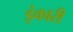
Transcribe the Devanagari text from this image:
इंकारी